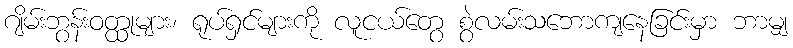
ဂျိမ်းဘွန်းဝတ္ထုများ၊ ရုပ်ရှင်များကို လူငယ်တွေ စွဲလမ်းသဘောကျနေခြင်းမှာ ဘာမျှ